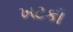
ખટકી